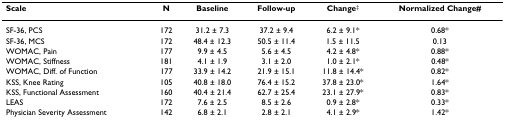
| Scale | N | Baseline | Follow-up | Change‡ | Normalized Change# |
 | --- | --- | --- | --- | --- | --- |
 | SF-36, PCS | 172 | 31.2 ± 7.3 | 37.2 ± 9.4 | 6.2 ± 9.1* | 0.68* |
 | SF-36, MCS | 172 | 48.4 ± 12.3 | 50.5 ± 11.4 | 1.5 ± 11.5 | 0.13 |
 | WOMAC, Pain | 177 | 9.9 ± 4.5 | 5.6 ± 4.5 | 4.2 ± 4.8* | 0.88* |
 | WOMAC, Stiffness | 181 | 4.1 ± 1.9 | 3.1 ± 2.0 | 1.0 ± 2.1* | 0.48* |
 | WOMAC, Diff. of Function | 177 | 33.9 ± 14.2 | 21.9 ± 15.1 | 11.8 ± 14.4* | 0.82* |
 | KSS, Knee Rating | 105 | 40.8 ± 18.0 | 76.4 ± 15.2 | 37.8 ± 23.0* | 1.64* |
 | KSS, Functional Assessment | 160 | 40.4 ± 21.4 | 62.7 ± 25.4 | 23.1 ± 27.9* | 0.83* |
 | LEAS | 172 | 7.6 ± 2.5 | 8.5 ± 2.6 | 0.9 ± 2.8* | 0.33* |
 | Physician Severity Assessment | 142 | 6.8 ± 2.1 | 2.8 ± 2.1 | 4.1 ± 2.9* | 1.42* |